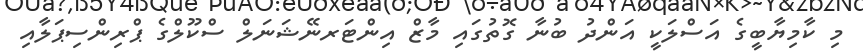
މި ކާމިޔާބީގެ އަސްލަކީ އަންދު ބުނާ ގޮތުގައި މާޒް އިންޓަރނޭޝަނަލް ސްކޫލްގެ ޕްރިންސިޕަލާއި